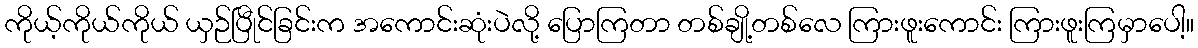
ကိုယ့်ကိုယ်ကိုယ် ယှဉ်ပြီုင်ခြင်းက အကောင်းဆုံးပဲလို့ ပြောကြတာ တစ်ချို့တစ်လေ ကြားဖူးကောင်း ကြားဖူးကြမှာပေါ့။